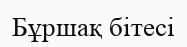
Бұршақ бітесі